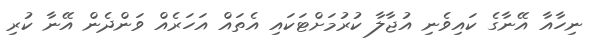
ނިހާއާ އޭނާގެ ކައިވެނި އުޖާލާ ކުރުމަށްޓަކައި އެތައް އަހަރެއް ވަންދެން އޭނާ ކުރި